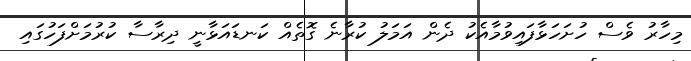
މިހާރު ވެސް ހުށަހަޅާފައިވުމާއެކު ދެން އަމަލު ކުރާނެ ގޮތެއް ކަނޑައަޅާނީ ދިރާސާ ކުރުމަށްފަހުގައި